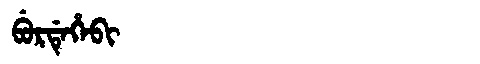
Manchu: ᠪᡠᡵᡩᡝᡥᡝᠪᡳ
Romanization: BURDEHEBI